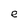
Character: e